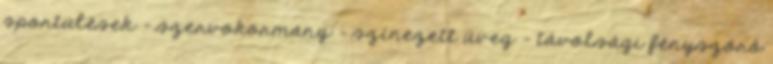
sportülések – szervokormány – színezett üveg – távolsági fényszóró